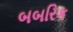
બબરિક